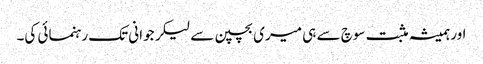
اور ہمیشہ مثبت سوچ سے ہی میری بچپن سے لیکر جوانی تک رہنمائی کی۔